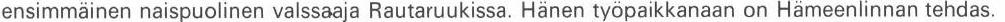
ensimmäinen naispuolinen valssaaja Rautaruukissa. Hänen työpaikkanaan on Hämeenlinnan tehdas.